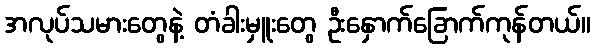
အလုပ်သမားတွေနဲ့ တံခါးမှူးတွေ ဦးနှောက်ခြောက်ကုန်တယ်။